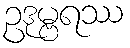
ဥဒုမ္ဗရဿ